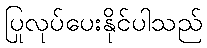
ပြုလုပ်ပေးနိုင်ပါသည်